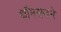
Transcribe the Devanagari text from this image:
थॉमसनने